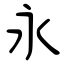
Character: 永